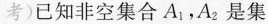
考)已知非空集合A_{1}，A_{2}是集